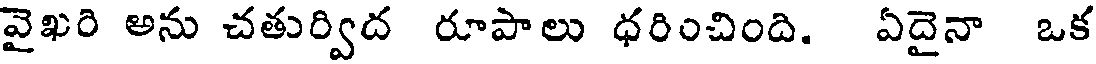
వైఖరి అను చతుర్విద రూపాలు ధరించింది. ఏదైనా ఒక